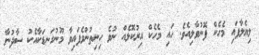
ލިޔެލާފައި މެހެކް ފޮނުވާލިއެވެ. ހައި މެހެކް އިރުކޮޅެއް ނުވެ ހިނިތުންވެފައިވާ މޫނުގަނޑަކާއެކު ސާދުނާ